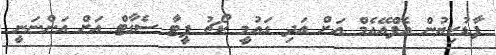
ފާޑުކިޔުން އެފްއޭއެމް އަށް އަދި ގައުމީ ކޯޗު ޕީޓާ ސެގާޓް އަށް އަންނަނީ